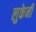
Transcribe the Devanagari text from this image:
लुकेनी